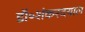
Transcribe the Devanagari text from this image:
डॉ॰शंकरदयाल